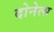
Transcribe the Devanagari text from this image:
दोनेत्स